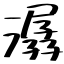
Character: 潺